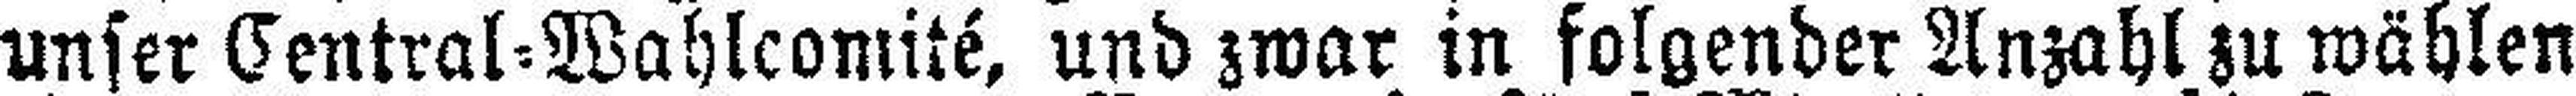
unser Central=Wahlcomité, und zwar in folgender Anzahl zu wählen: